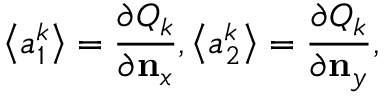
\left\langle a _ { 1 } ^ { k } \right\rangle = \frac { \partial { { Q } _ { k } } } { \partial { { \mathbf { n } } _ { x } } } , \left\langle a _ { 2 } ^ { k } \right\rangle = \frac { \partial { { Q } _ { k } } } { \partial { { \mathbf { n } } _ { y } } } ,